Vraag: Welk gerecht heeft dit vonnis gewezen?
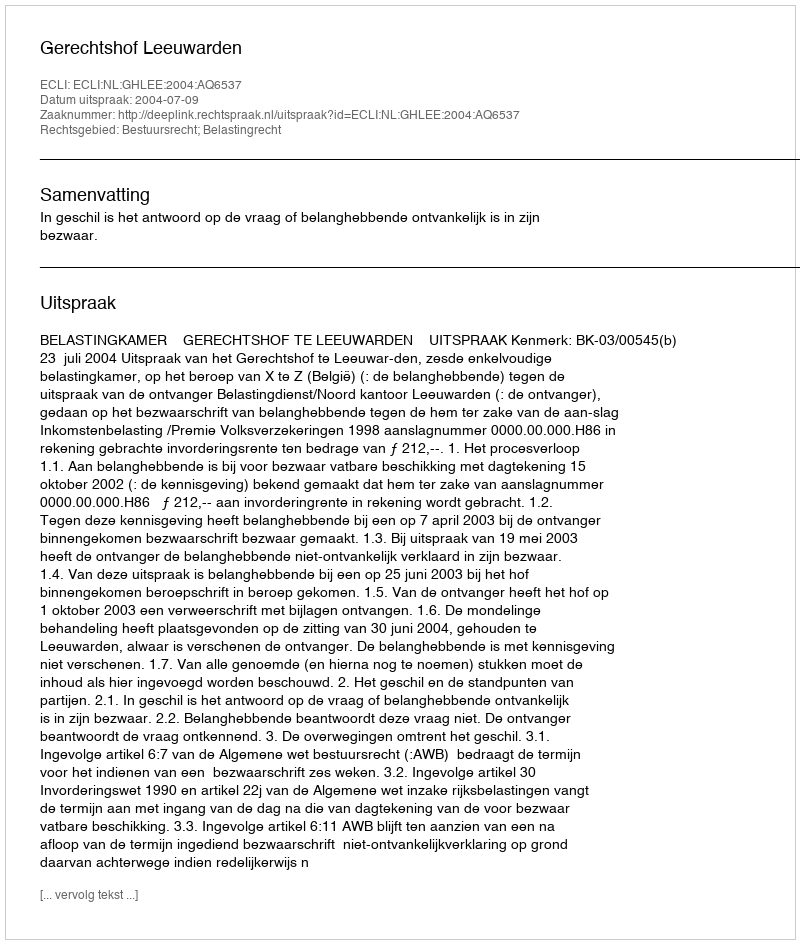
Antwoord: Gerechtshof Leeuwarden